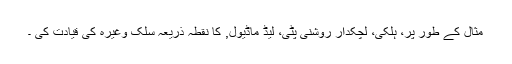
مثال کے طور پر، ہلکی، لچکدار روشنی پٹی، لیڈ ماڈیول, کا نقطہ ذریعہ سلک وغیرہ کی قیادت کی ۔